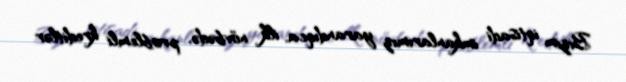
Bizim iqtisadi imkanlarımız yarandıqca, ilk növbədə, problemli kreditlər